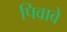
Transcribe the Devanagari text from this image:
पिवावे